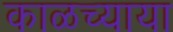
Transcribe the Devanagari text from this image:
काळच्याया